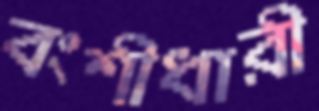
বংশীধারী